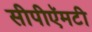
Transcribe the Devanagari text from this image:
सीपीऍमटी